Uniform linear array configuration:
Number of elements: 16
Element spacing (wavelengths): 0.25
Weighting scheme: blackman
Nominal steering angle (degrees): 45
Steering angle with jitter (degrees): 43.807
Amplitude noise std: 0.05
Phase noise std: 0.05

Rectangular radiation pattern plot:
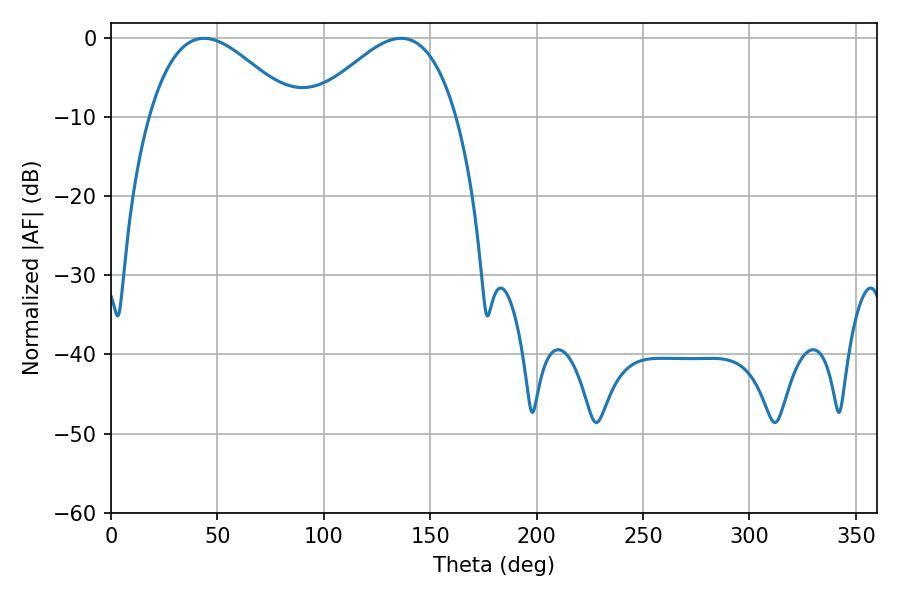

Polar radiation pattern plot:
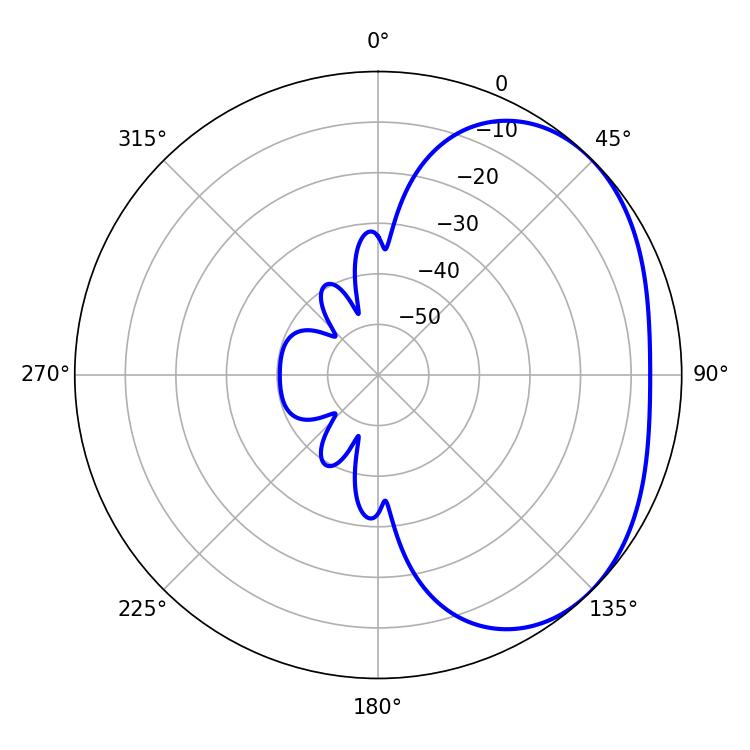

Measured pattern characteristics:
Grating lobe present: FALSE
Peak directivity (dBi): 2.807
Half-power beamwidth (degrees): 37.08
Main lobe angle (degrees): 43.74